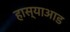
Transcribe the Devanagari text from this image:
हास्याआड